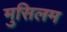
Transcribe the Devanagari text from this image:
मुसिलम